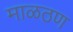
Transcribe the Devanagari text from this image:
माळठण